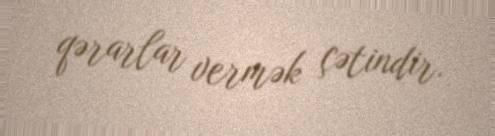
qərarlar vermək çətindir.